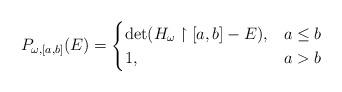
LaTeX: \begin{align*}P_{\omega,[a,b]}(E) = \begin{cases} \det(H_{\omega}\upharpoonright[a,b]-E), & a\leq b\\ 1, & a>b\end{cases}\end{align*}